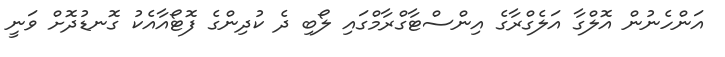
އަންހެނުން އޮލްގާ އަލެގްރާގެ އިންސްޓާގްރާމްގައި ލޯބި ދެ ކުދިންގެ ފޮޓޯއާއެކު ގޮނޑުދޮށް ވަނީ